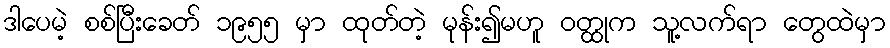
ဒါပေမဲ့ စစ်ပြီးခေတ် ၁၉၅၅ မှာ ထုတ်တဲ့ မုန်း၍မဟူ ဝတ္ထုက သူ့လက်ရာ တွေထဲမှာ